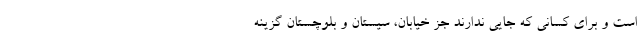
است و برای کسانی که جایی ندارند جز خیابان، سیستان و بلوچستان گزینه